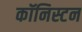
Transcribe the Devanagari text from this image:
कॉनिस्टन